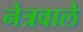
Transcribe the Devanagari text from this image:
नेत्रवाले